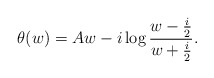
\begin{align*}\theta(w)=Aw-i \log{w-{i\over 2} \over w+{i\over 2}}.\end{align*}